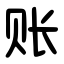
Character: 账